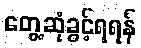
တွေ့ဆုံခွင့်ရရန်